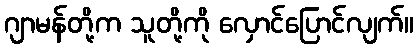
ဂျာမန်တို့က သူတို့ကို လှောင်ပြောင်လျက်။